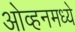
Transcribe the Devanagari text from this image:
ओव्हनमध्ये